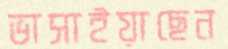
ভাসাইয়াছেন